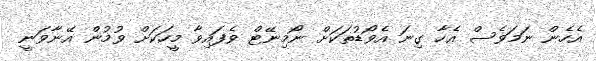
އެހެން ނަމަވެސް އެހާ ގިނަ އެވޯޑުތަކަށް ނޯމިނޭޓް ވެފައިވާ މީހަކަށް ވުމުން އޭނާވަނީ